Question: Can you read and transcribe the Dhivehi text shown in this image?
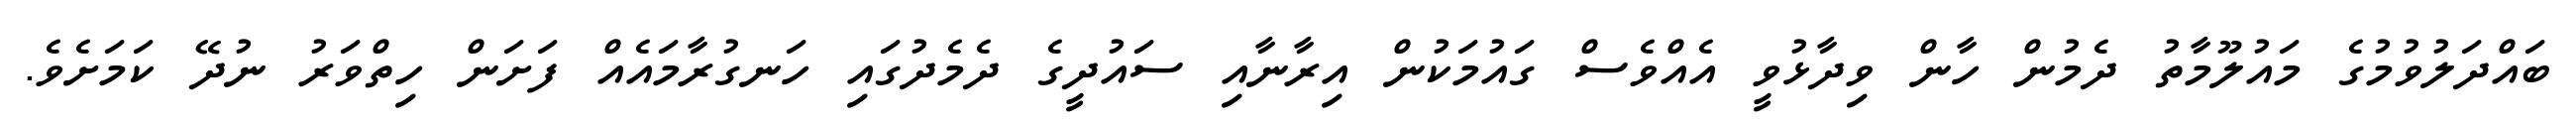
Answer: ބައްދަލުވުމުގެ މައުލޫމާތު ދެމުން ހާން ވިދާޅުވީ އެއްވެސް ގައުމަކުން އިރާނާއި ސައުދީގެ ދެމެދުގައި ހަނގުރާމައެއް ފަށަން ހިތްވަރު ނުދޭ ކަމަށެވެ.